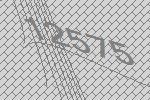
12575